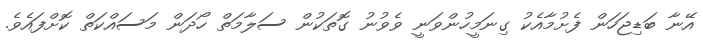
އޭނާ ބަޑިޖަހަން ފެށުމާއެކު ގިނަމީހުންވަނީ ވެވުނު ގޮތަކުން ސަލާމަތް ހޯދަން މަސައްކަތް ކޮށްފައެވެ.